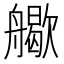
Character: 𦪬